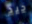
جيد